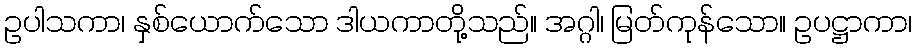
ဥပါသကာ၊ နှစ်ယောက်သော ဒါယကာတို့သည်။ အဂ္ဂါ၊ မြတ်ကုန်သော။ ဥပဋ္ဌာကာ၊